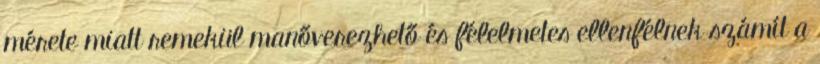
mérete miatt remekül manőverezhető és félelmetes ellenfélnek számít a